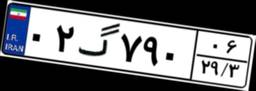
۵۷گ۲۲۴۳۴